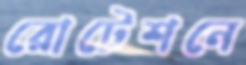
রোটেশনে